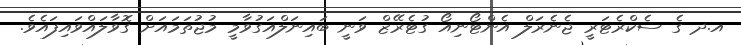
އ.ދ ގެ ސެކްރެޓަރީ ޖެނެރަލް އެންޓޯނިއޯ ގުޓެރޭޒް ވަނީ ބައިނަލްއަގުވާމީ މުޖުތަމައަށް ގޮވާލައްވައިފައެވެ.